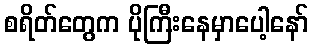
စရိတ်တွေက ပိုကြီးနေမှာပေါ့နော်